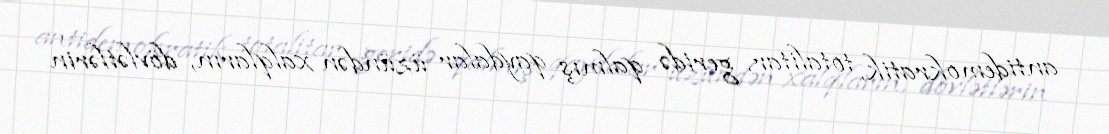
antidemokratik, totalitar, geridə qalmış qaydalar üzündən xalqların, dövlətlərin